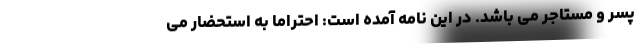
پسر و مستاجر می باشد. در این نامه آمده است: احتراماً به استحضار می